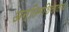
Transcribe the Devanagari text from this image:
अन्तिमशिलालेख